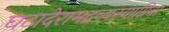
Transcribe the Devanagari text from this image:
घटादेरामद्रव्यस्याग्निना